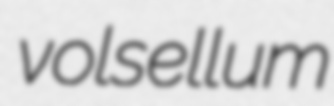
volsellum